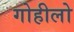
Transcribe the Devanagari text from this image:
गोहीलो